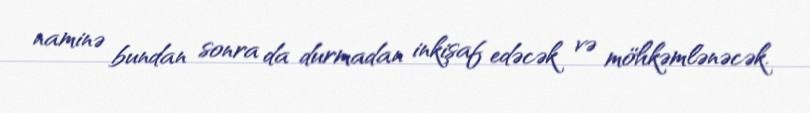
naminə bundan sonra da durmadan inkişaf edəcək və möhkəmlənəcək.